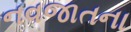
નવજાતના